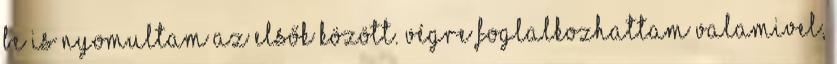
be is nyomultam az elsők között. Végre foglalkozhattam valamivel,